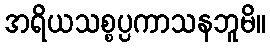
အရိယသစ္စပ္ပကာသနဘူမိ။